Code of medical and sanitary regulations for the guidance of medical officers serving in the Madras Presidency - Volume I
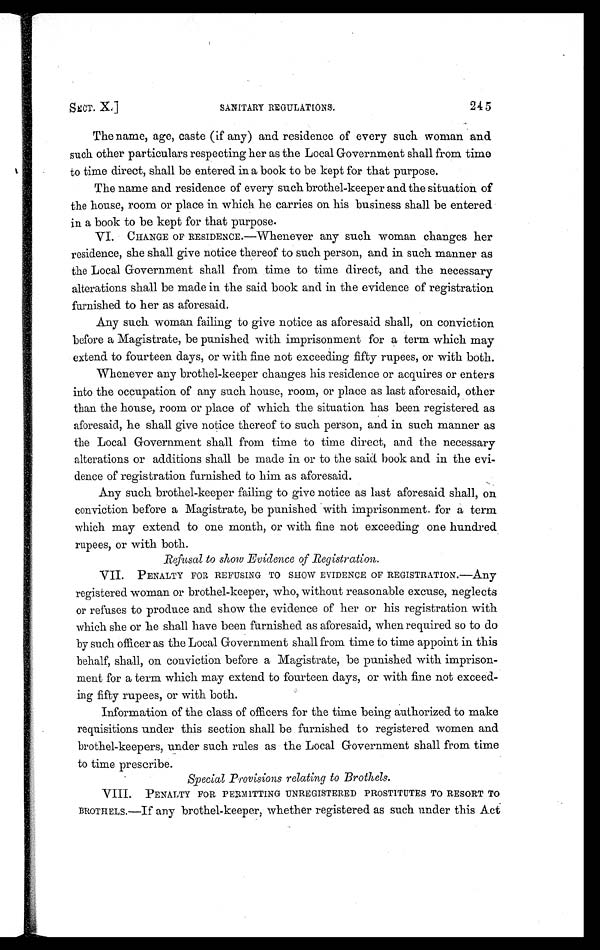
SECT. X.]
SANITARY REGULATIONS.
245
The name, age, caste (if any) and residence of every such woman and
such other particulars respecting her as the Local Government shall from time
to time direct, shall be entered in a book to be kept for that purpose.
The name and residence of every such brothel-keeper and the situation of
the house, room or place in which he carries on his business shall be entered
in a book to be kept for that purpose.
VI. CHANGE OF RESIDENCE.—Whenever any such woman changes her
residence, she shall give notice thereof to such person, and in such manner as
the Local Government shall from time to time direct, and the necessary
alterations shall be made in the said book and in the evidence of registration
furnished to her as aforesaid.
Any such woman failing to give notice as aforesaid shall, on conviction
before a Magistrate, be punished with imprisonment for a term which may
extend to fourteen days, or with fine not exceeding fifty rupees, or with both.
Whenever any brothel-keeper changes his residence or acquires or enters
into the occupation of any such house, room, or place as last aforesaid, other
than the house, room or place of which the situation has been registered as
aforesaid, he shall give notice thereof to such person, and in such manner as
the Local Government shall from time to time direct, and the necessary
alterations or additions shall be made in or to the said book and in the evi-
dence of registration furnished to him as aforesaid.
Any such brothel-keeper failing to give notice as last aforesaid shall, on
conviction before a Magistrate, be punished with imprisonments for a term
which may extend to one month, or with fine not exceeding one hundred
rupees, or with both.
Refusal to show Evidence of Registration.
VII. PENALTY FOR REFUSING TO SHOW EVIDENCE OF REGISTRATION.—Any
registered woman or brothel-keeper, who, without reasonable excuse, neglects
or refuses to produce and show the evidence of her or his registration with
which she or he shall have been furnished as aforesaid, when required so to do
by such officer as the Local Government shall from time to time appoint in this
behalf, shall, on conviction before a Magistrate, be punished with imprison-
ment for a term which may extend to fourteen days, or with fine not exceed-
ing fifty rupees, or with both.
Information of the class of officers for the time being authorized to make
requisitions under this section shall be furnished to registered women and
brothel-keepers, under such rules as the Local Government shall from time
to time prescribe.
Special Provisions relating to Brothels.
VIII. PENALTY FOR PERMITTING UNREGISTERED PROSTITUTES TO RESORT TO
BROTHELS.—If any brothel-keeper, whether registered as such under this Act